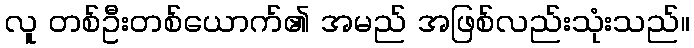
လူ တစ်ဦးတစ်ယောက်၏ အမည် အဖြစ်လည်းသုံးသည်။